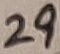
Text: 29